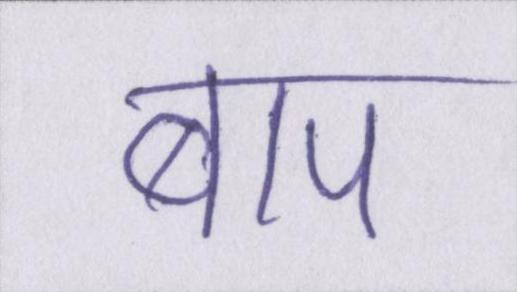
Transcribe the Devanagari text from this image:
बाप